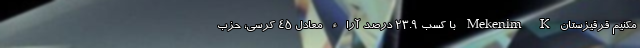
مکنیم قرقیزستان Mekenim K با کسب ۲۳.۹ درصد آراء معادل ۴۵ کرسی، حزب